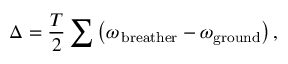
\Delta = \frac { T } { 2 } \sum \left( \omega _ { \mathrm { \, b r e a t h e r } } - \omega _ { \mathrm { g r o u n d } } \right) ,